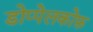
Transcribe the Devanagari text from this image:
डोप्पेलकोफ़